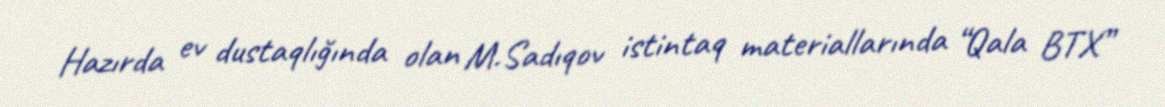
Hazırda ev dustaqlığında olan M.Sadıqov istintaq materiallarında “Qala BTX”